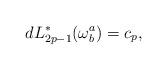
LaTeX: \begin{align*}dL_{2p-1}^{*}(\omega _{b}^{a})=c_{p}, \end{align*}